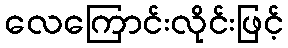
လေကြောင်းလိုင်းဖြင့်